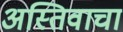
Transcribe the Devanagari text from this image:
अस्तिवाचा